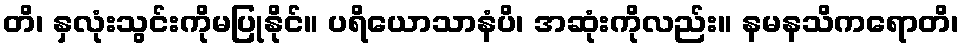
တိ၊ နှလုံးသွင်းကိုမပြုနိုင်။ ပရိယောသာနံပိ၊ အဆုံးကိုလည်း။ နမနသိကရောတိ၊